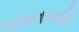
બાબતઅતિ